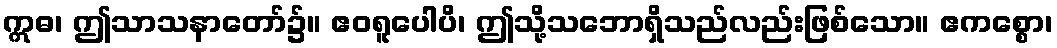
ဣဓ၊ ဤသာသနာတော်၌။ ဧဝရူပေါပိ၊ ဤသို့သဘောရှိသည်လည်းဖြစ်သော။ ဧကစ္စော၊